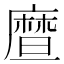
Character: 𪪤